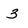
Character: 3